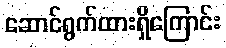
ဆောင်ရွက်ထားရှိကြောင်း